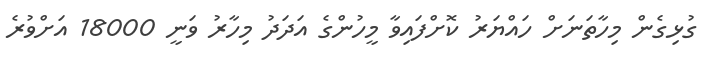
ގުޅިގެން މިހާތަނަށް ހައްޔަރު ކޮށްފައިވާ މީހުންގެ އަދަދު މިހާރު ވަނީ 18000 އަށްވުރެ